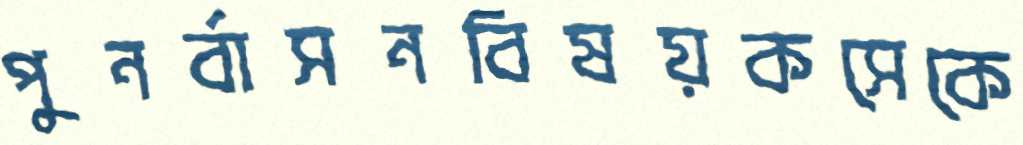
পুনর্বাসনবিষয়কসেকে